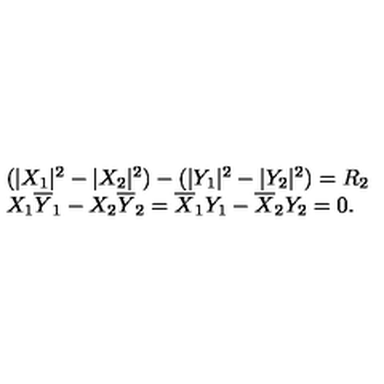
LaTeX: \begin{array} { l c r } { ( | X _ { 1 } | ^ { 2 } - | X _ { 2 } | ^ { 2 } ) - ( | Y _ { 1 } | ^ { 2 } - | Y _ { 2 } | ^ { 2 } ) = R _ { 2 } } \\ { X _ { 1 } \overline { { Y } } _ { 1 } - X _ { 2 } \overline { { Y } } _ { 2 } = \overline { { X } } _ { 1 } Y _ { 1 } - \overline { { X } } _ { 2 } Y _ { 2 } = 0 . } \\ \end{array}